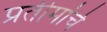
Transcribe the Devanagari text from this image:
प्रतीमांचे